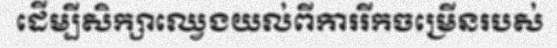
ដើម្បីសិក្សាឈ្វេងយល់ពីការរីកចម្រើនរបស់